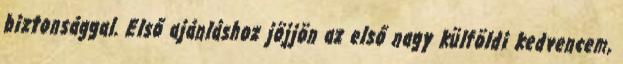
biztonsággal. Első ajánláshoz jöjjön az első nagy külföldi kedvencem,